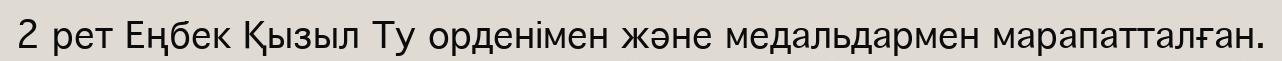
2 рет Еңбек Қызыл Ту орденімен және медальдармен марапатталған.